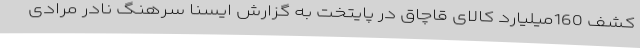
کشف 160میلیارد کالای قاچاق در پایتخت به گزارش ایسنا سرهنگ نادر مرادی